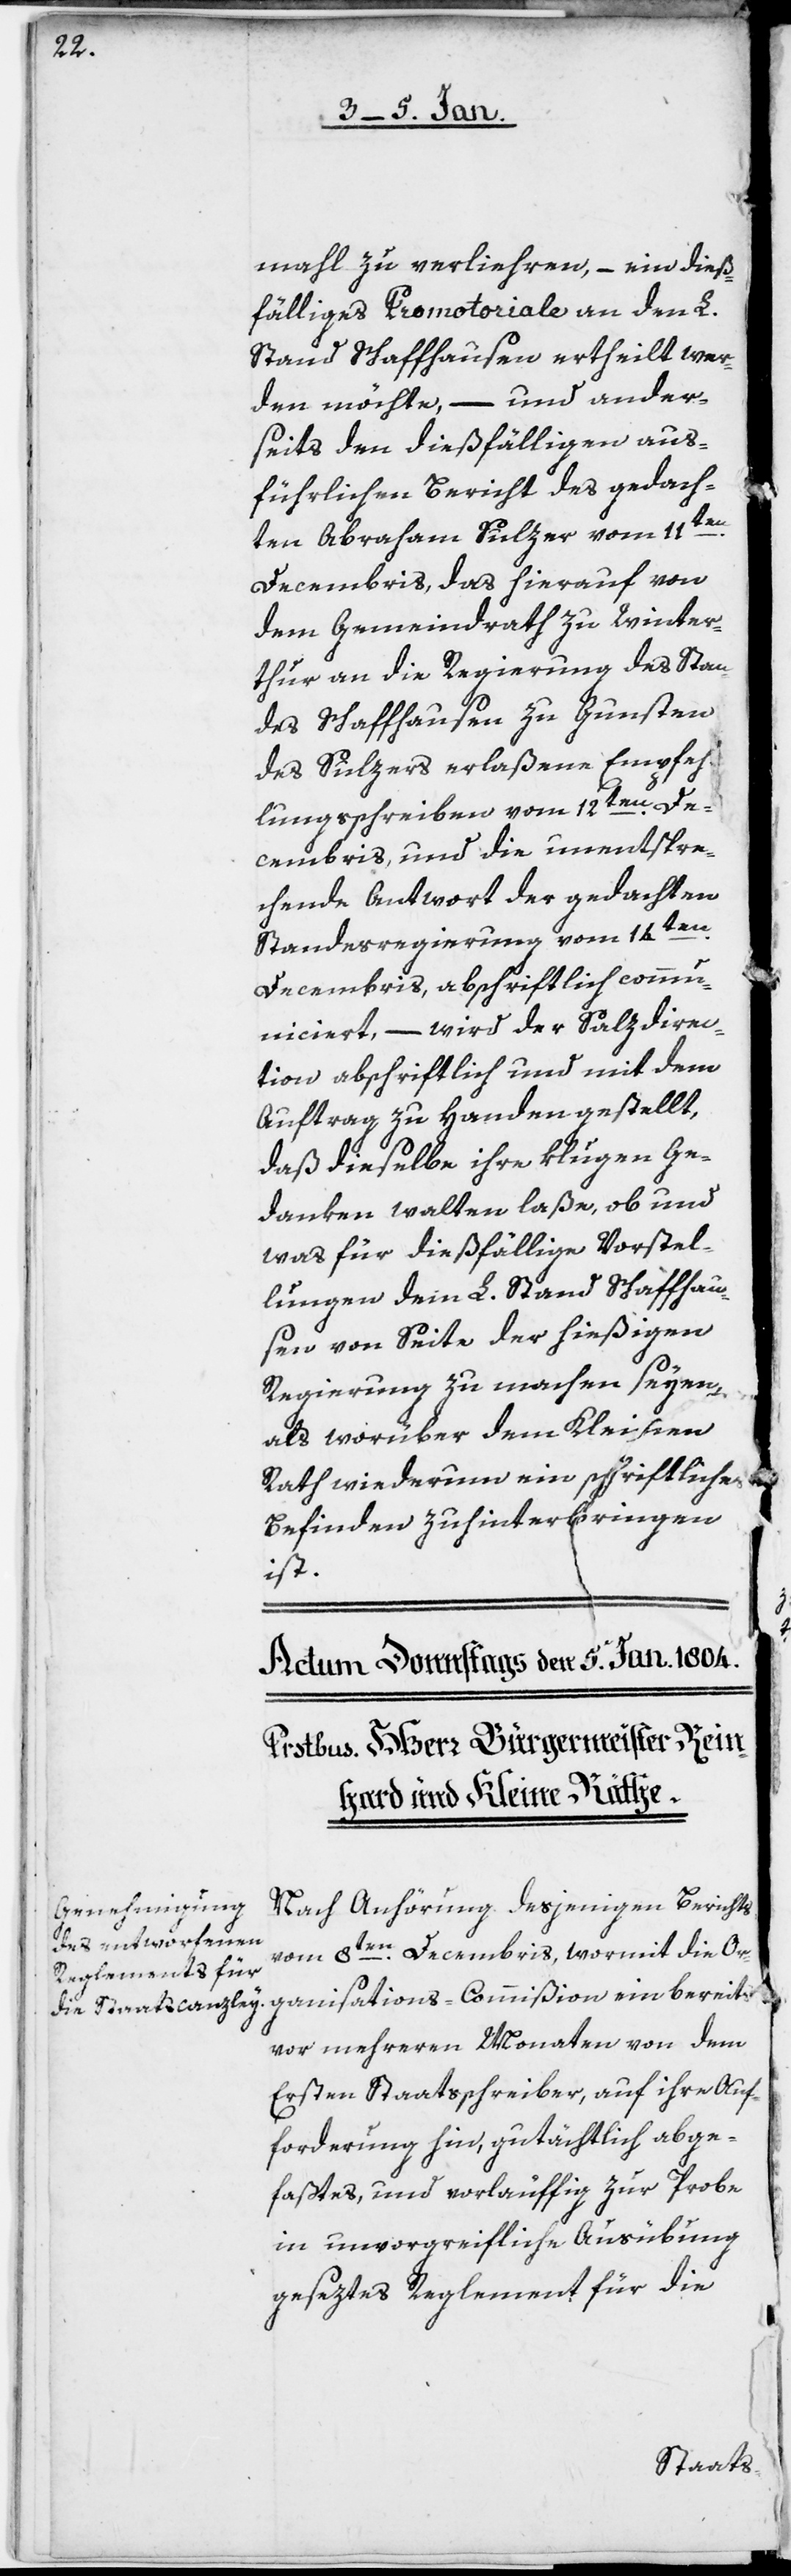
mahl zu verliehren, – ein dieß¬
fälliges Promotoriale an den L.
Stand Schaffhausen ertheilt wer¬
den möchte, – und ander¬
seits den dießfälligen aus¬
führlichen Bericht des gedach¬
ten Abraham Sulzer vom 11ten
Decembris, das hierauf von
dem Gemeindrath zu Winter¬
thur an die Regierung des Stan¬
des Schaffhausen zu Gunsten
des Sulzers erlaßene Empfeh¬
lungsschreiben vom 12ten. De¬
cembris, und die unentspre¬
chende Antwort der gedachten
Standesregierung vom 14ten.
Decembris, abschriftlich commu¬
niciert, – wird der Salzdirec¬
tion abschriftlich und mit dem
Auftrag zu Handen gestellt,
daß dieselbe ihre klugen Ge¬
danken walten laße, ob und
was für dießfällige Vorstel¬
lungen dem L. Stand Schaffhau¬
sen von Seite der hießigen
Regierung zu machen seyen,
als worüber dem Kleinen
Rath wiederum ein schriftliches
Befinden zu hinterbringen
ist.
Nach Anhörung desjenigen Berichts
vom 8ten. Decembris, wormit die Or¬
ganisations-Commißion ein bereits
vor mehreren Monaten von dem
Ersten Staatsschreiber, auf ihre Auf¬
forderung hin, gutächtlich abge¬
faßtes und vorläuffig zur Probe
in unvorgreifliche Ausübung
geseztes Reglement für die